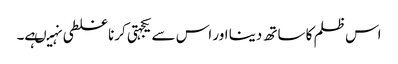
اس ظلم کا ساتھ دینا اور اس سے یکجہتی کرنا غلطی نہیںہے۔